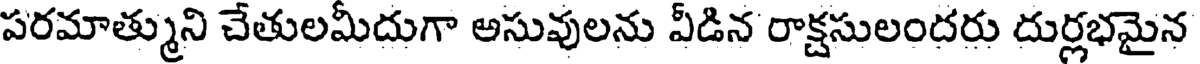
పరమాత్ముని చేతులమీదుగా అసువులను వీడిన రాక్షసులందరు దుర్లభమైన